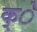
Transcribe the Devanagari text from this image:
क्े